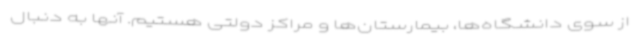
از سوی دانشگاه‌ها، بیمارستان‌ها و مراکز دولتی هستیم. آنها به دنبال